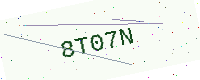
Text: 8T07N